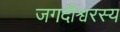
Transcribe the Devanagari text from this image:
जगदीश्वरस्य